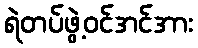
ရဲတပ်ဖွဲ့ဝင်အင်အား